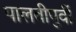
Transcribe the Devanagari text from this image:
पालवीपुर्वी